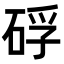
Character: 𥒫